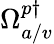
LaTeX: \Omega_{a/v}^{p\dagger}